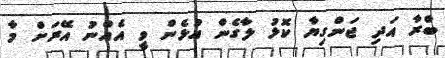
ބްރާ އަދި ޖަންގިޔާ ކޮޅު ލާގެން އުޅެން ވީ އެެއްނު އޭރަށް މާ